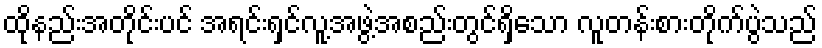
ထိုနည်းအတိုင်းပင် အရင်းရှင်လူ့အဖွဲ့အစည်းတွင်ရှိသော လူတန်းစားတိုက်ပွဲသည်